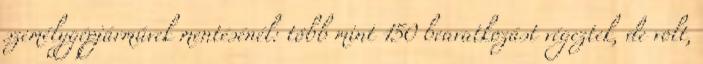
személygépjárművek mentésénél: több mint 150 beavatkozást végeztek, de volt,